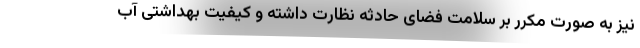
نیز به صورت مکرر بر سلامت فضای حادثه نظارت داشته و کیفیت بهداشتی آب